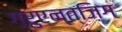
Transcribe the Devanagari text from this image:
ग़्रुएन्त्ज़िग